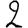
Digit: 2